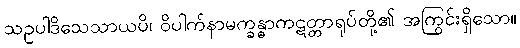
သဥပါဒိသေသာယပိ၊ ဝိပါက်နာမက္ခန္ဓာကဋတ္တာရုပ်တို့၏ အကြွင်းရှိသော။